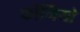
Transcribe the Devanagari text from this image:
फोर्मियो